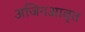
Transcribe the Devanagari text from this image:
अजिनआवृत